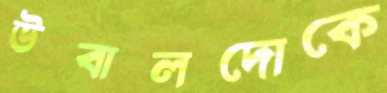
উবালদোকে